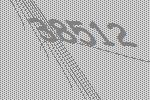
38512